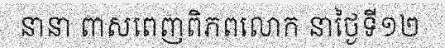
នានា ពាសពេញពិភពលោក នាថ្ងៃទី១២